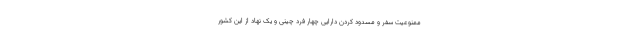
ممنوعیت سفر و مسدود کردن دارایی چهار فرد چینی و یک نهاد از این کشور